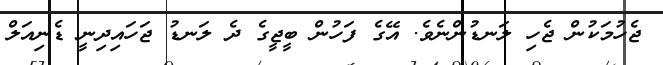
ޖެހުމަކުން ޖެހި ލަނޑުންނެވެ. އޭގެ ފަހުން ބީޖީގެ ދެ ލަނޑު ޖަހައިދިނީ ޑެނިއަލް